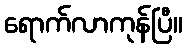
ရောက်လာကုန်ပြီ။